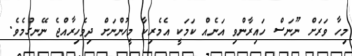
މިހާ ވަރަށް ނޫނަސް ހައިރާންވި އަނެއް ކަމަކީ އެމެރިކާ މީހުންނަށް ދިވެހިރާއްޖެ ނޭނގުމެވެ.